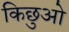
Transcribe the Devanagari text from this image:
किछुओ